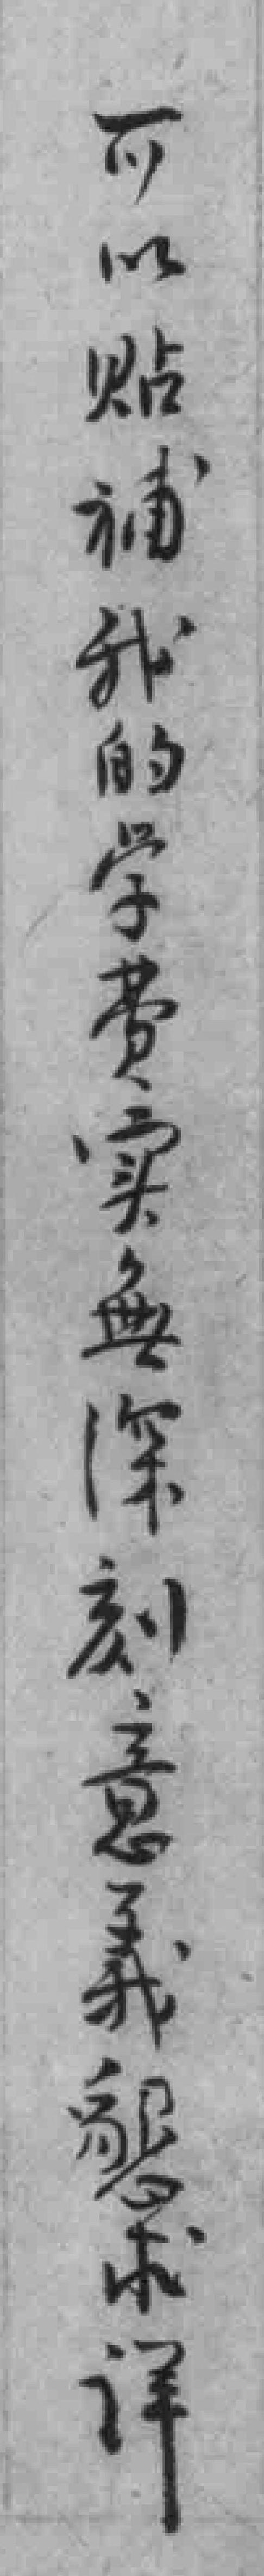
可以贴補我的学费实無深刻意義懇求详